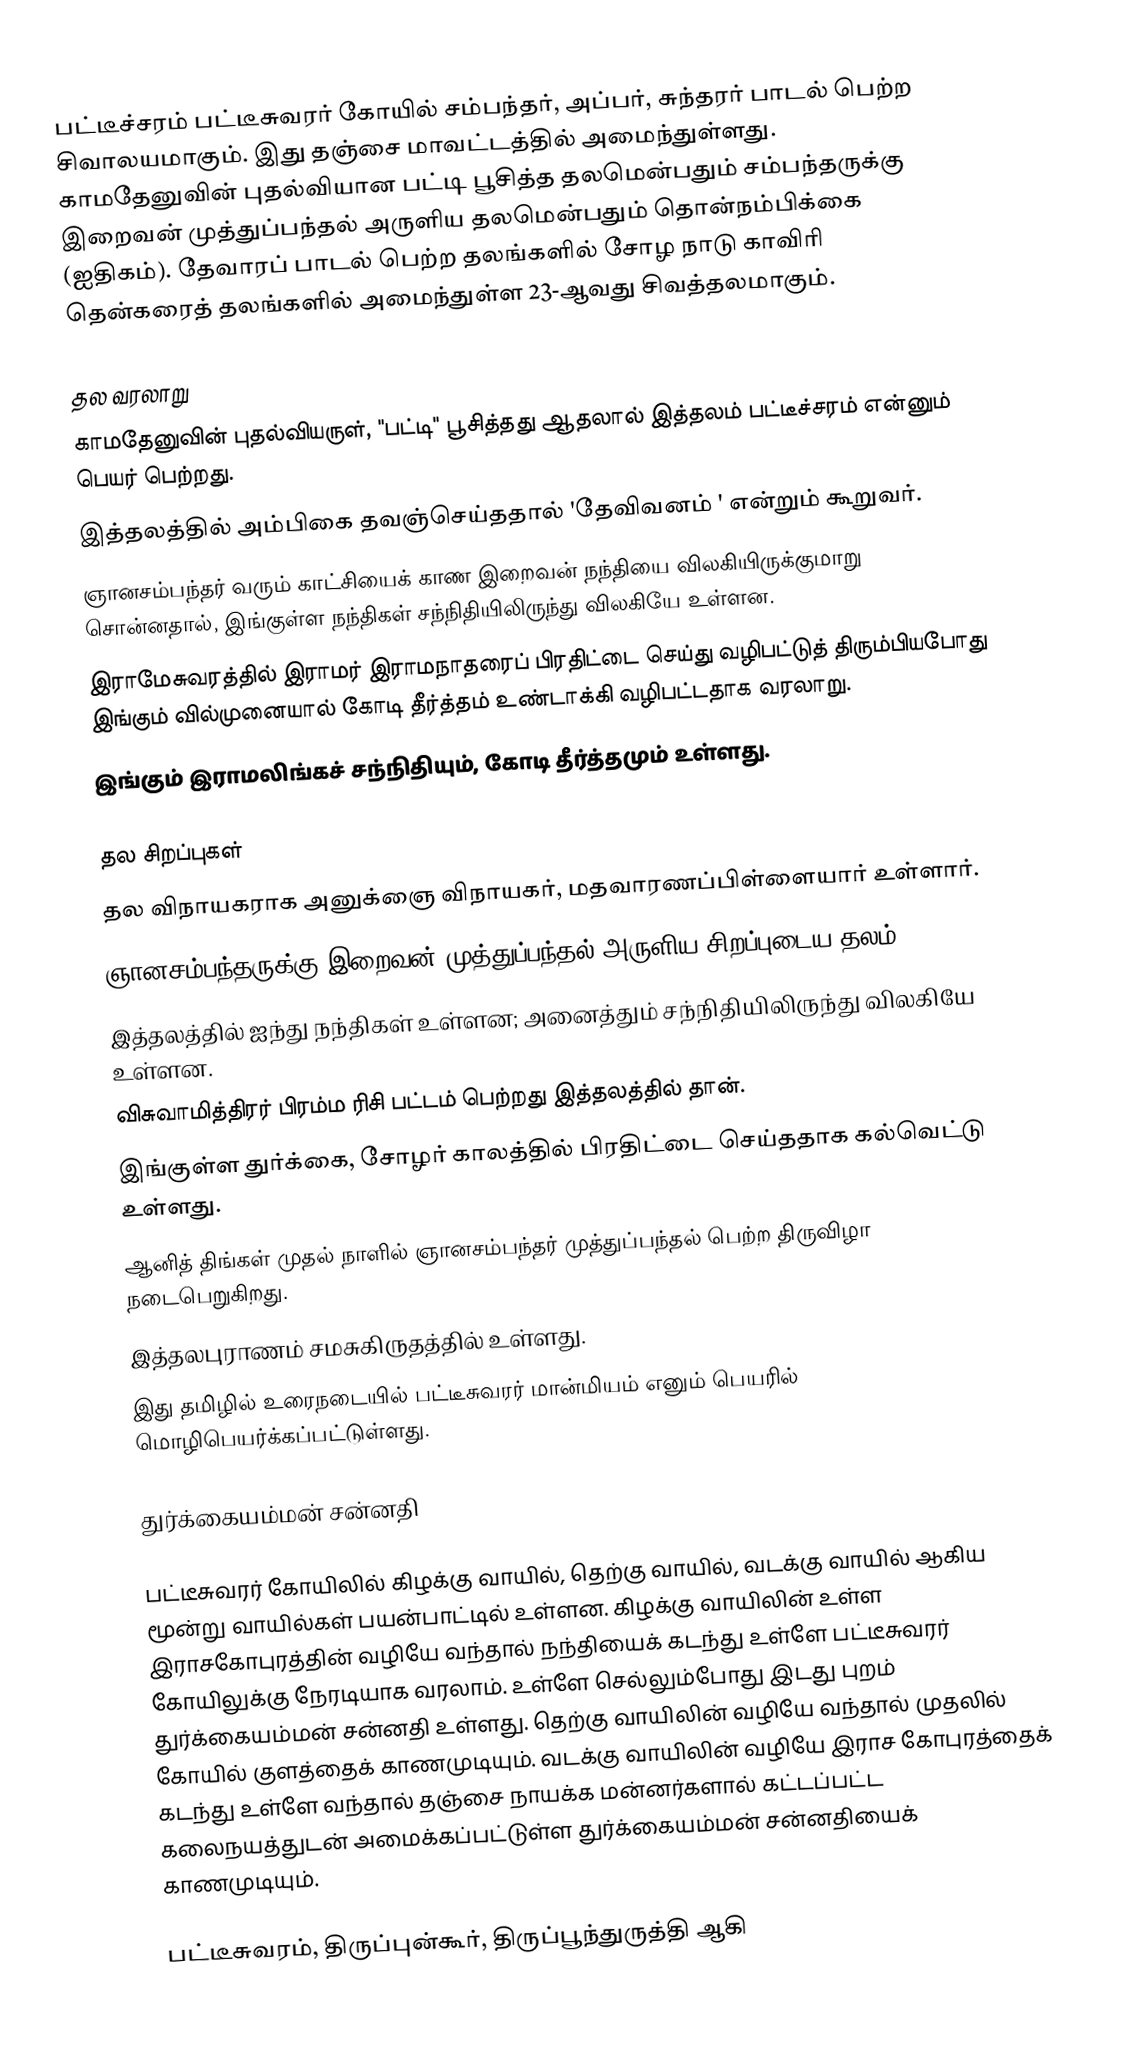
பட்டீச்சரம் பட்டீசுவரர் கோயில் சம்பந்தர், அப்பர், சுந்தரர் பாடல் பெற்ற சிவாலயமாகும். இது தஞ்சை மாவட்டத்தில் அமைந்துள்ளது. காமதேனுவின் புதல்வியான பட்டி பூசித்த தலமென்பதும் சம்பந்தருக்கு இறைவன் முத்துப்பந்தல் அருளிய தலமென்பதும் தொன்நம்பிக்கை (ஐதிகம்). தேவாரப் பாடல் பெற்ற தலங்களில்  சோழ நாடு காவிரி தென்கரைத் தலங்களில் அமைந்துள்ள  23-ஆவது சிவத்தலமாகும்.

தல வரலாறு
 காமதேனுவின் புதல்வியருள், "பட்டி" பூசித்தது ஆதலால் இத்தலம் பட்டீச்சரம் என்னும் பெயர் பெற்றது.
இத்தலத்தில்  அம்பிகை தவஞ்செய்ததால் 'தேவிவனம் ' என்றும்  கூறுவர்.
 ஞானசம்பந்தர் வரும் காட்சியைக் காண இறைவன் நந்தியை விலகியிருக்குமாறு சொன்னதால், இங்குள்ள நந்திகள் சந்நிதியிலிருந்து விலகியே உள்ளன.
இராமேசுவரத்தில் இராமர் இராமநாதரைப் பிரதிட்டை செய்து வழிபட்டுத் திரும்பியபோது இங்கும் வில்முனையால் கோடி தீர்த்தம் உண்டாக்கி வழிபட்டதாக வரலாறு.
இங்கும் இராமலிங்கச் சந்நிதியும், கோடி தீர்த்தமும் உள்ளது.

தல சிறப்புகள்
தல விநாயகராக அனுக்ஞை விநாயகர், மதவாரணப்பிள்ளையார் உள்ளார்.
ஞானசம்பந்தருக்கு இறைவன் முத்துப்பந்தல் அருளிய சிறப்புடைய தலம்.
இத்தலத்தில் ஐந்து நந்திகள் உள்ளன; அனைத்தும் சந்நிதியிலிருந்து விலகியே உள்ளன.
விசுவாமித்திரர் பிரம்ம ரிசி பட்டம் பெற்றது இத்தலத்தில் தான்.
இங்குள்ள துர்க்கை, சோழர் காலத்தில் பிரதிட்டை செய்ததாக கல்வெட்டு உள்ளது.
ஆனித் திங்கள் முதல் நாளில் ஞானசம்பந்தர் முத்துப்பந்தல் பெற்ற திருவிழா நடைபெறுகிறது.
இத்தலபுராணம் சமசுகிருதத்தில் உள்ளது.
இது தமிழில் உரைநடையில் பட்டீசுவரர் மான்மியம் எனும் பெயரில் மொழிபெயர்க்கப்பட்டுள்ளது.

துர்க்கையம்மன் சன்னதி

பட்டீசுவரர் கோயிலில் கிழக்கு வாயில், தெற்கு வாயில், வடக்கு வாயில் ஆகிய மூன்று வாயில்கள் பயன்பாட்டில் உள்ளன. கிழக்கு வாயிலின் உள்ள இராசகோபுரத்தின் வழியே வந்தால் நந்தியைக் கடந்து உள்ளே பட்டீசுவரர் கோயிலுக்கு நேரடியாக வரலாம். உள்ளே செல்லும்போது இடது புறம் துர்க்கையம்மன் சன்னதி உள்ளது.  தெற்கு வாயிலின் வழியே வந்தால் முதலில் கோயில் குளத்தைக் காணமுடியும். வடக்கு வாயிலின் வழியே இராச கோபுரத்தைக் கடந்து உள்ளே வந்தால் தஞ்சை நாயக்க மன்னர்களால் கட்டப்பட்ட கலைநயத்துடன் அமைக்கப்பட்டுள்ள துர்க்கையம்மன் சன்னதியைக் காணமுடியும்.

பட்டீசுவரம், திருப்புன்கூர், திருப்பூந்துருத்தி ஆகி